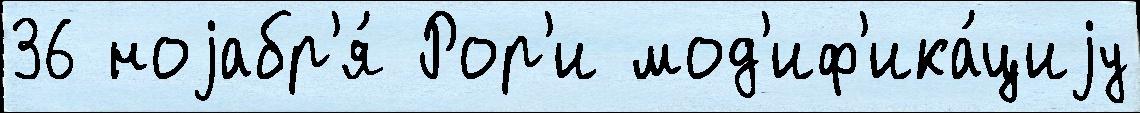
36 ноjабр'я́ Рор'и мод'иф'ика́циjу